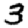
Digit: 3